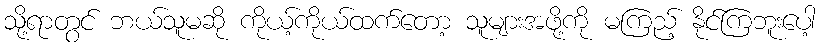
သို့ရာတွင် ဘယ်သူမဆို ကိုယ့်ကိုယ်ထက်တော့ သူများအဖို့ကို မကြည့် နိုင်ကြဘူးပေါ့